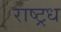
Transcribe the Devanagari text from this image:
राष्ट्रध